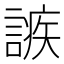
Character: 𧪠